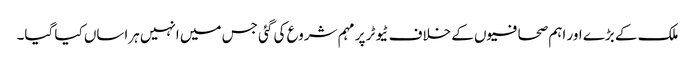
ملک کے بڑے اور اہم صحافیوں کے خلاف ٹیوٹر پر مہم شروع کی گئی جس میں انہیں ہراساں کیا گیا۔